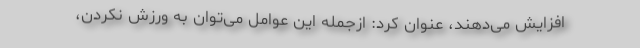
افزایش می‌دهند، عنوان کرد: ازجمله این عوامل می‌توان به ورزش نکردن،